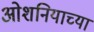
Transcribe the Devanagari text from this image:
ओशनियाच्या